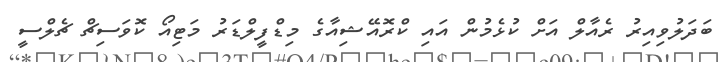
ބަދަލުވިއިރު ރެއާލް އަށް ކުޅެމުން އައި ކްރޮއޭޝިއާގެ މިޑްފީލްޑަރު މަޓިއޯ ކޮވަސިޗް ޗެލްސީ